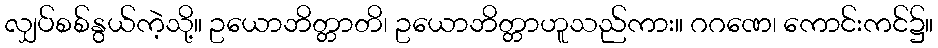
လျှပ်စစ်နွယ်ကဲ့သို့။ ဥယောဘိတ္တာတိ၊ ဥယောဘိတ္တာဟူသည်ကား။ ဂဂဏေ၊ ကောင်းကင်၌။